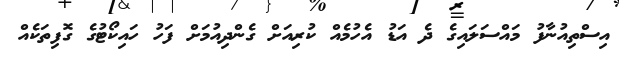
އިސްތިއުނާފު މައްސަލައިގެ ދެ އަޑު އެހުމެއް ކުރިއަށް ގެންދިއުމަށް ފަހު ހައިކޯޓުގެ ގޮފިތަކެއް